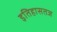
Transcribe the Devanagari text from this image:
इतिहासतज